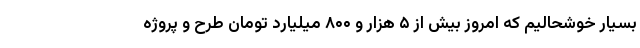
بسیار خوشحالیم که امروز بیش از ۵ هزار و ۸۰۰ میلیارد تومان طرح و پروژه